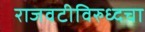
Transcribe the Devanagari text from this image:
राजवटीविरुध्दचा